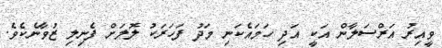
ވީއިރު އަރްސަލާން އަކީ އަދި ހަމައެކަނި މަދު ފަހަރަކު ލޮލަށް ފެނިލި ޒުވާނެކެވެ.